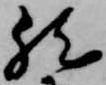
然